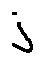
j